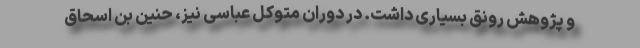
و پژوهش رونق بسیاری داشت. در دوران متوکل عباسی نیز، حنین بن اسحاق